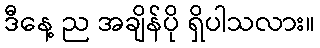
ဒီနေ့ ည အချိန်ပို ရှိပါသလား။